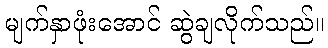
မျက်နှာဖုံးအောင် ဆွဲချလိုက်သည်။